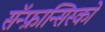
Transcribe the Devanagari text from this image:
सॅन्‍फ्रान्सिस्को